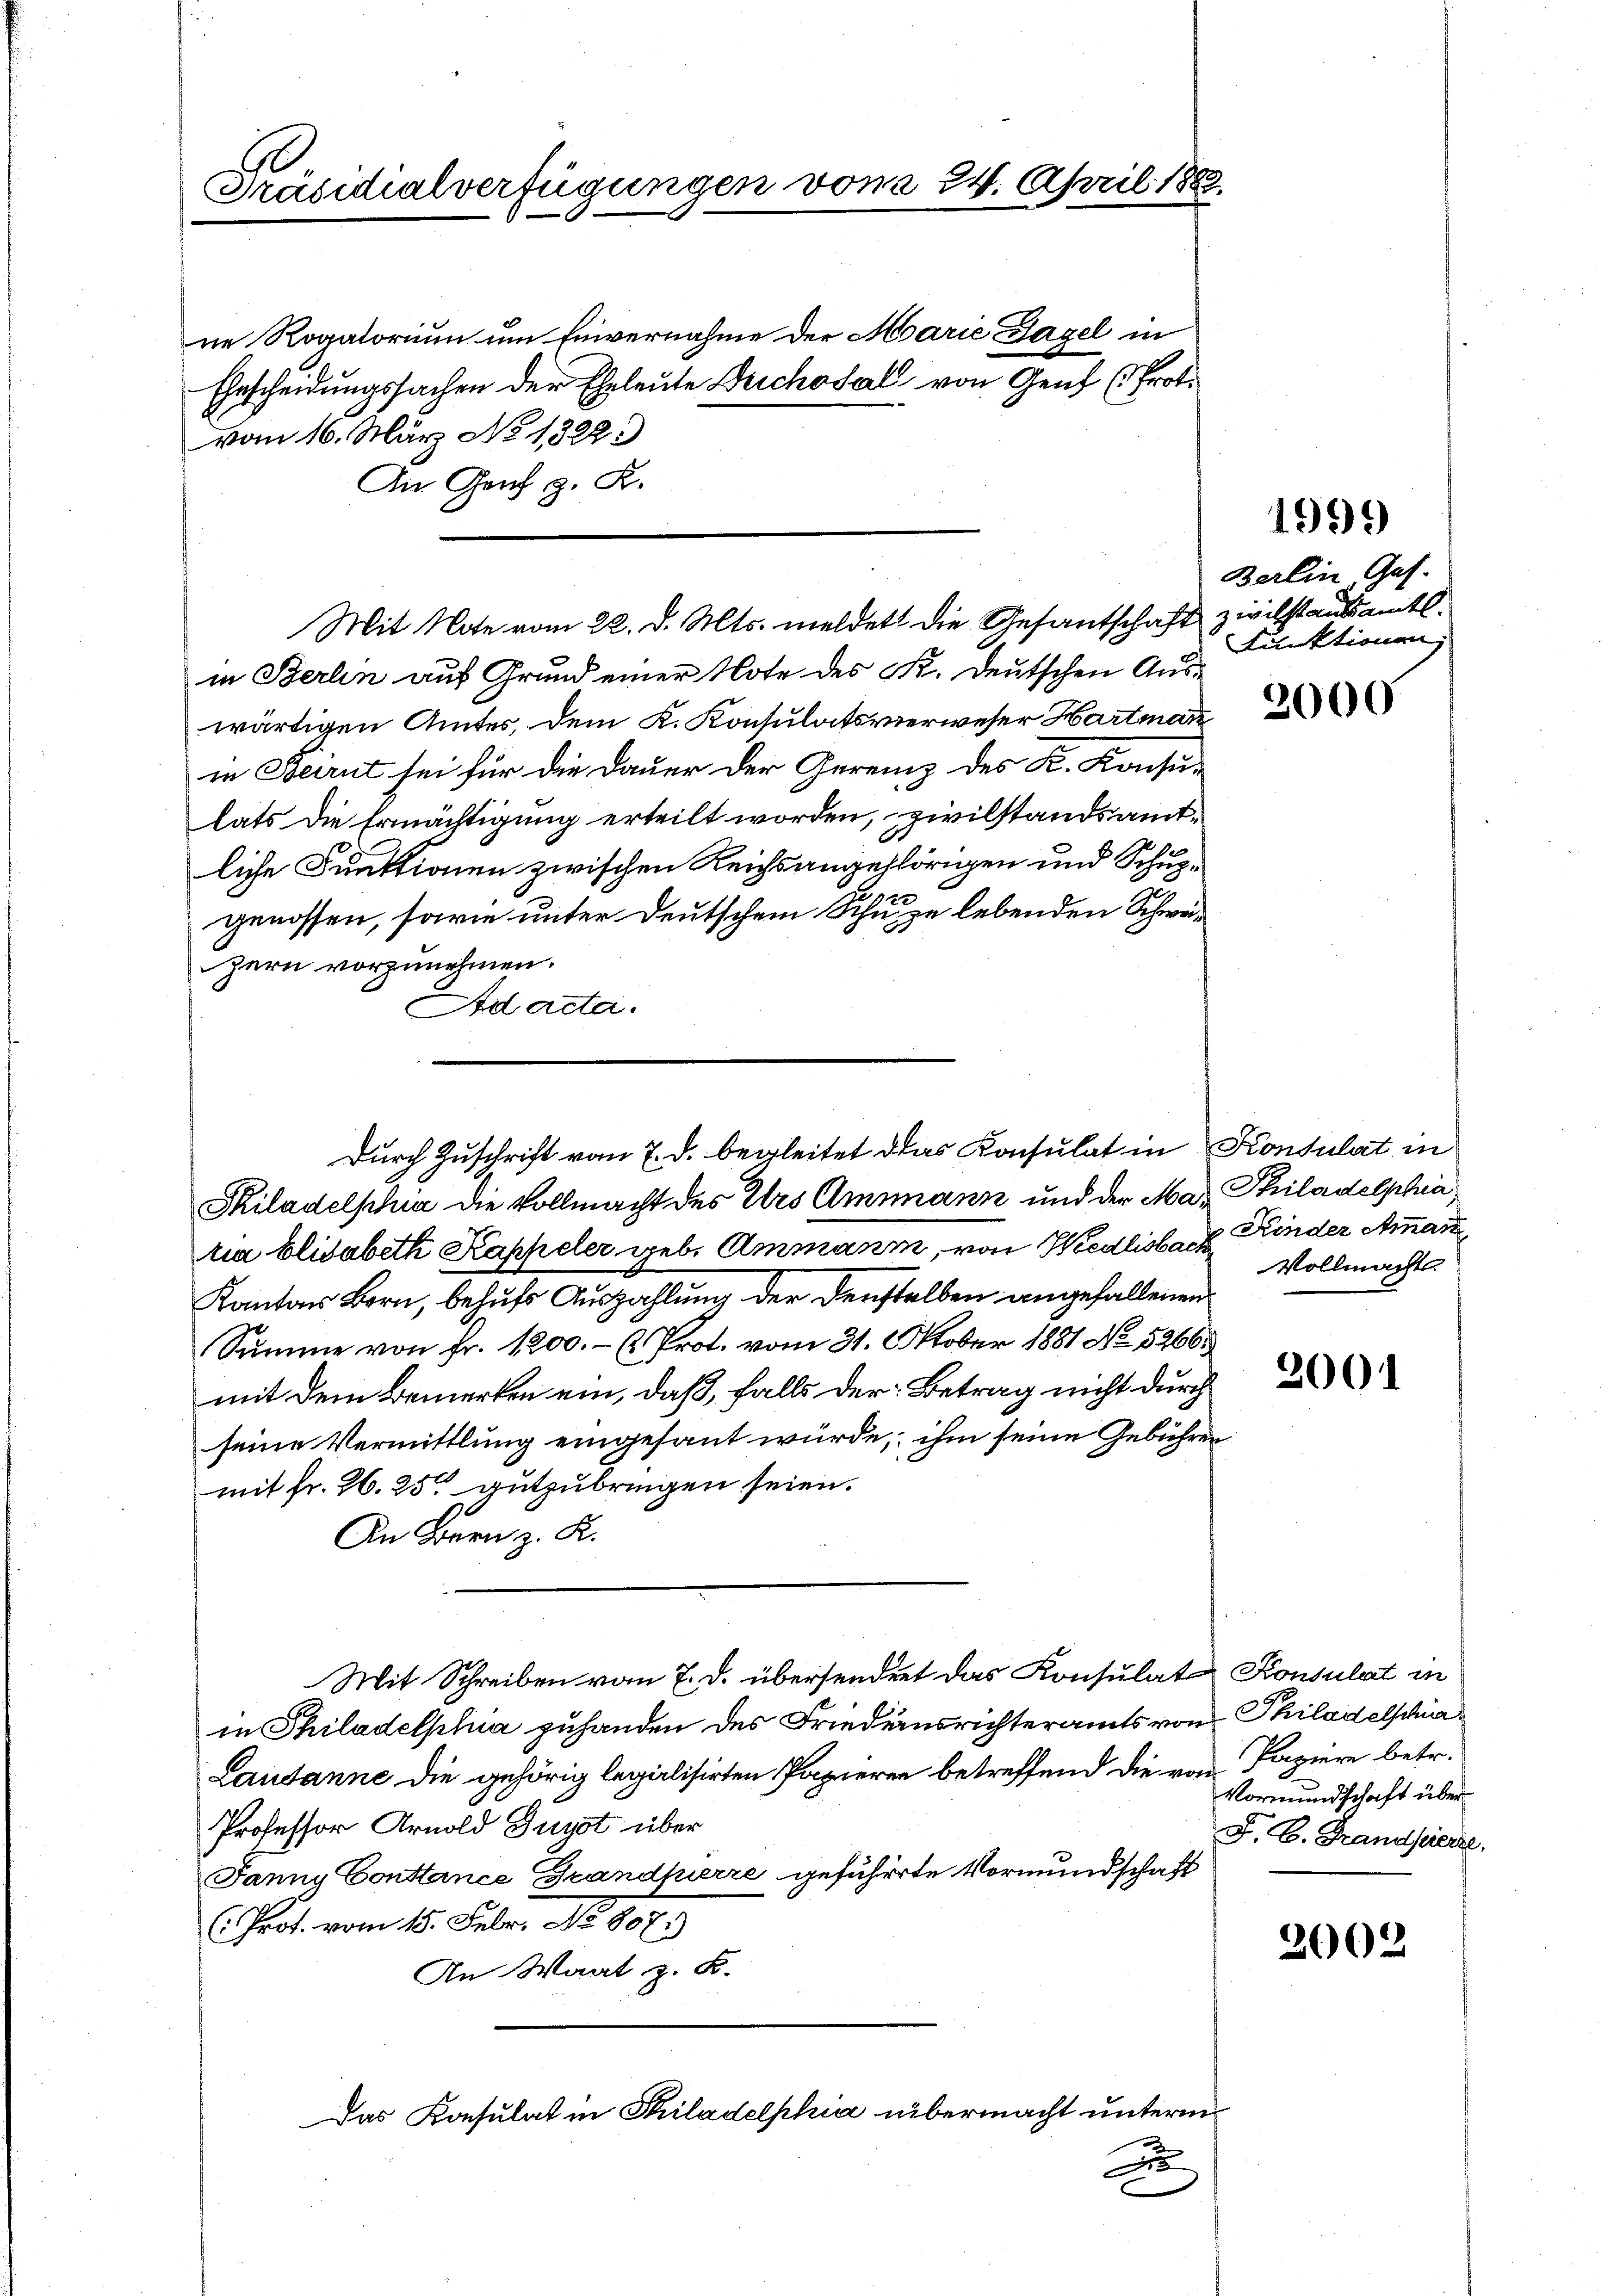
Präsidialverfügungen von § 24. April 188.

ne Rogatorium um Einvernahme der Marie Hagel in
Ehrscheidungssachen der Eheleute Beschosal von Genf (Prot.
vom 16. März No 1322)
An Graf z. R.
in Berlin aus Grund einer Note des Kr. deutschen Auswärtigen Amtes, dem K. Konsulatsverweser Hartmann
in Beirut sei für die Dauer der Gereinz des K. Konsu-
lats die Ermächtigung erteilt worden, zivilstandsamtliche Funktionen zwischen Reichsangehörigen und Schupgenossen, sowie unter Deutschem Schuze lebenden Schwä¬
Hern vorzunehmen.
Ad acta.
Skiladelphia die Vollmacht des Ers Ammann und der Ma- Philadelphia
tia Elisabeth Kappeler geb. Ammann, von Medlisbach Kinder Ammann,
Kantons Bern, behufs Auszahlung der denstellen angefallenen
Summe von Fr. 1200.- ( Prot. vom 31. Oktober 1881 No 5266.
mit dem Bemerken ein, daß, falls der Betrag nicht durch
seine Vermittlung eingesant würde, ihm seine Gebühren
mit fr. 26. 25 gutzubringen seien.
An Bern z. K.
Mit Schreiben vom 7. d. übersendert das Konsulat Konsulat in
in Philadelphia zuhanden des Friedensrichteramts von Philadelschir¬
Lausanne die gehörig legalisirten Papieren betreffend die von Papiere betr.
Professor Arnold Guyot über
Janny Constance Grandfirre geführte Vormundschaft
(Prot. vom 15. Febr. No 807.
An Waat z. B.
Das Konsulat in Philadelphia übermacht unterm
g

Durch Zuschrift vom 7. d. begleitet das Konsulat in Konsulat in

Mit Note vom 22. d. Mts. meldet die Gesantschaft zwilstautsamtl.

x

1999

Berlin Ges.
Funktionen,

2000

Vollmachts

2001

Vormundschaft über
F. C. Frandseerze

2002